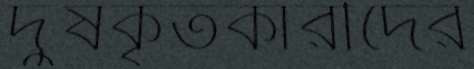
দুষকৃতকারীদের